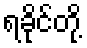
ရခိုင်တို့